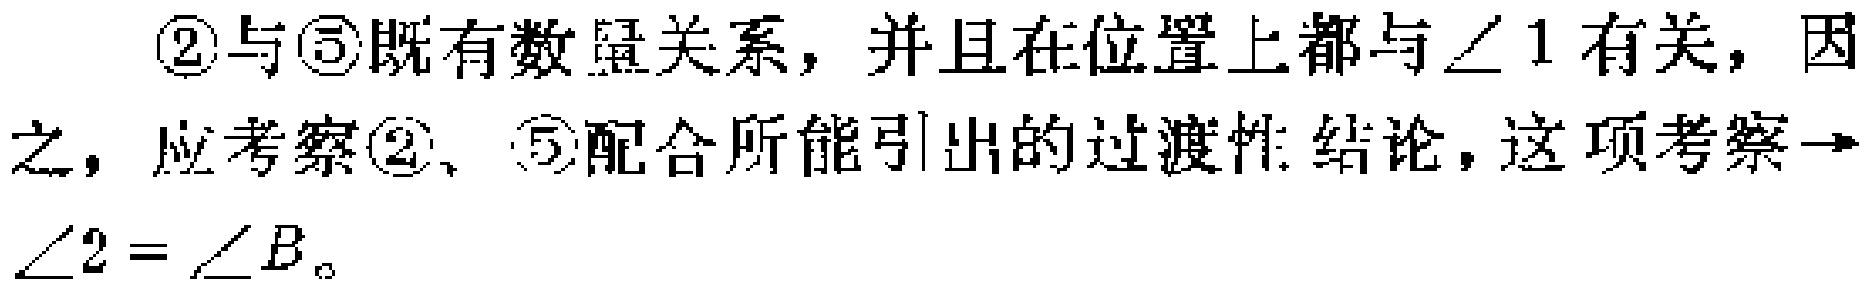
\textcircled{2}与\textcircled{5}既有数量关系，并且在位置上都与$\angle 1$有关，因之，应考察\textcircled{2}、\textcircled{5}配合所能引出的过渡性结论，这项考察$\rightarrow$ $\angle 2 = \angle B$。